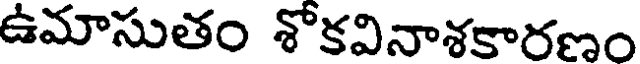
ఉమాసుతం శోకవినాశకారణం